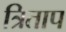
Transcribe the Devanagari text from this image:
त्रिताप